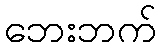
ဘေးဘက်